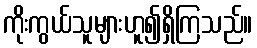
ကိုးကွယ်သူများဟူ၍ရှိကြသည်။